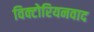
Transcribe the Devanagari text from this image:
विक्टोरियनवाद